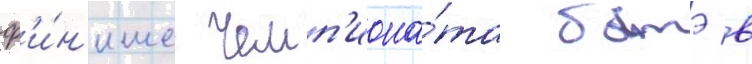
ф'и́н'ише чемп'иона́та батэ в